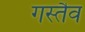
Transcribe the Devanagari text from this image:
गस्तैव